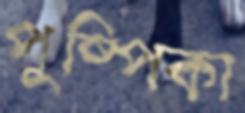
পুষ্পিকা